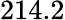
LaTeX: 214.2